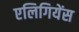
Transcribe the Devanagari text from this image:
एलिगियेंस